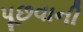
પૂછવાની